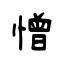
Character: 憎